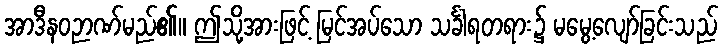
အာဒီနဝဉာဏ်မည်၏။ ဤသို့အားဖြင့် မြင်အပ်သော သင်္ခါရတရား၌ မမွေ့လျော်ခြင်းသည်